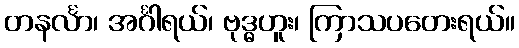
တနင်္လာ၊ အင်္ဂါရယ်၊ ဗုဒ္ဓဟူး၊ ကြာသပတေးရယ်။